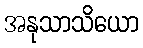
အနုသာသိယော